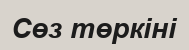
Сөз төркіні